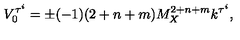
V _ { 0 } ^ { \tau ^ { i } } = \pm ( - 1 ) ( 2 + n + m ) M _ { X } ^ { 2 + n + m } k ^ { \tau ^ { i } } , \,